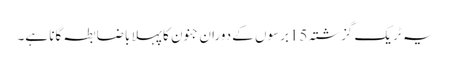
یہ ٹریک گزشتہ 15برسوں کے دوران جنون کا پہلا باضابطہ گانا ہے۔